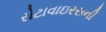
રોટાવાઇરસની